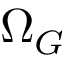
\Omega _ { G }